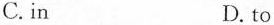
C.in D. to